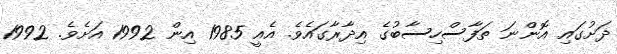
ދަށުގައި އޮންނަ ތަފާސްހިސާބުގެ އިދާރާގައެވެ. އެއީ 1985 އިން 1992 އަށެވެ. 1992